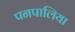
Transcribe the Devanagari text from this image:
पनपालिया